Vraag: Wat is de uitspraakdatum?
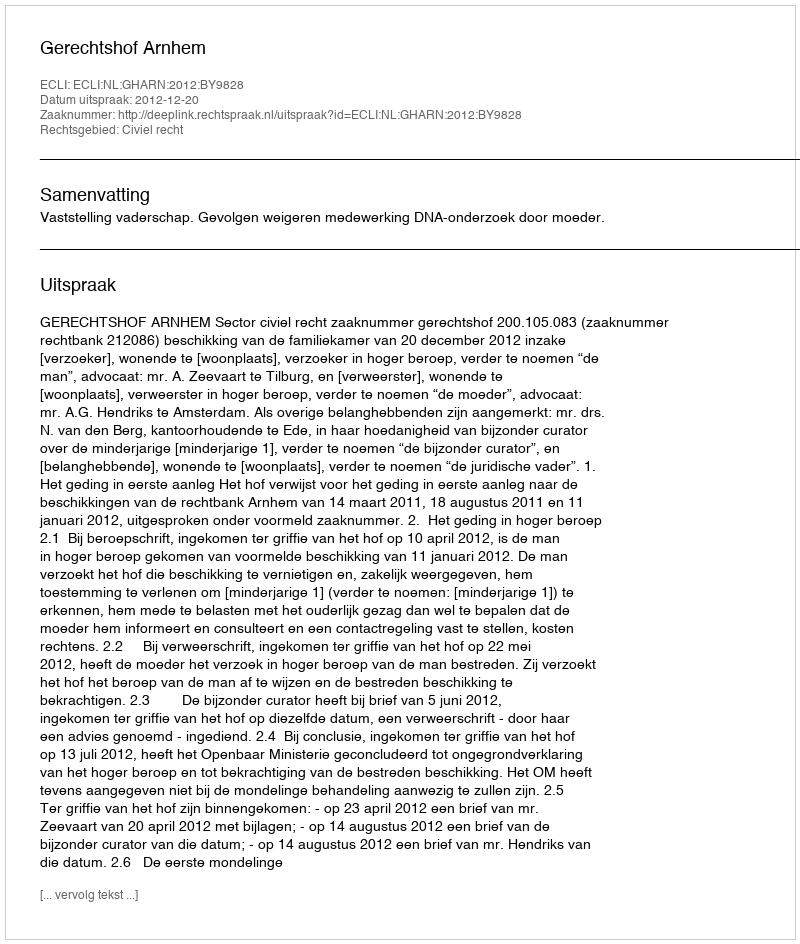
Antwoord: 2012-12-20